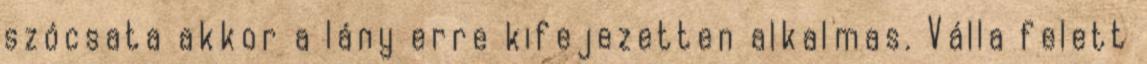
szócsata akkor a lány erre kifejezetten alkalmas. Válla felett